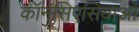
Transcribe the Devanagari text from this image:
कॉनसिएसियाओ